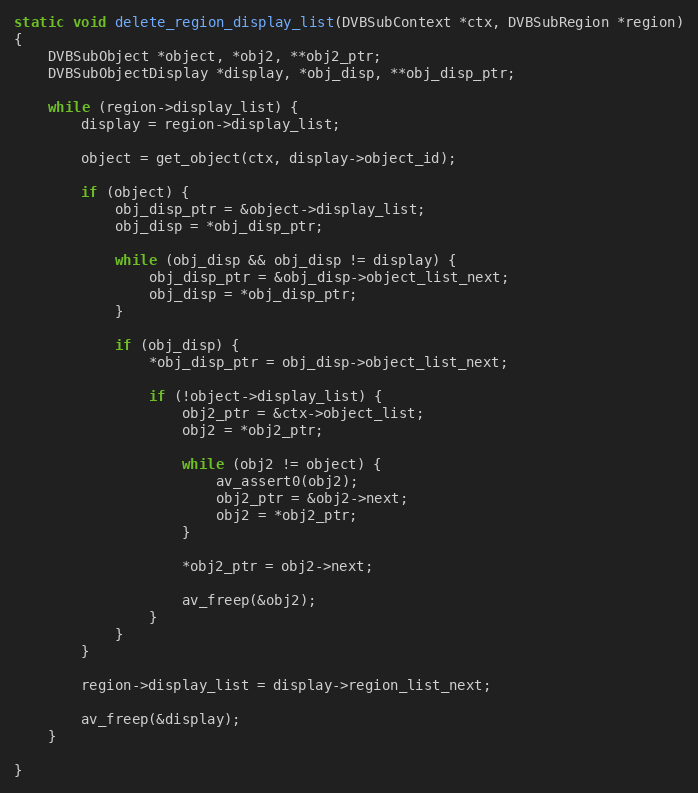
Language: C
static void delete_region_display_list(DVBSubContext *ctx, DVBSubRegion *region)
{
    DVBSubObject *object, *obj2, **obj2_ptr;
    DVBSubObjectDisplay *display, *obj_disp, **obj_disp_ptr;

    while (region->display_list) {
        display = region->display_list;

        object = get_object(ctx, display->object_id);

        if (object) {
            obj_disp_ptr = &object->display_list;
            obj_disp = *obj_disp_ptr;

            while (obj_disp && obj_disp != display) {
                obj_disp_ptr = &obj_disp->object_list_next;
                obj_disp = *obj_disp_ptr;
            }

            if (obj_disp) {
                *obj_disp_ptr = obj_disp->object_list_next;

                if (!object->display_list) {
                    obj2_ptr = &ctx->object_list;
                    obj2 = *obj2_ptr;

                    while (obj2 != object) {
                        av_assert0(obj2);
                        obj2_ptr = &obj2->next;
                        obj2 = *obj2_ptr;
                    }

                    *obj2_ptr = obj2->next;

                    av_freep(&obj2);
                }
            }
        }

        region->display_list = display->region_list_next;

        av_freep(&display);
    }

}